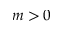
m > 0